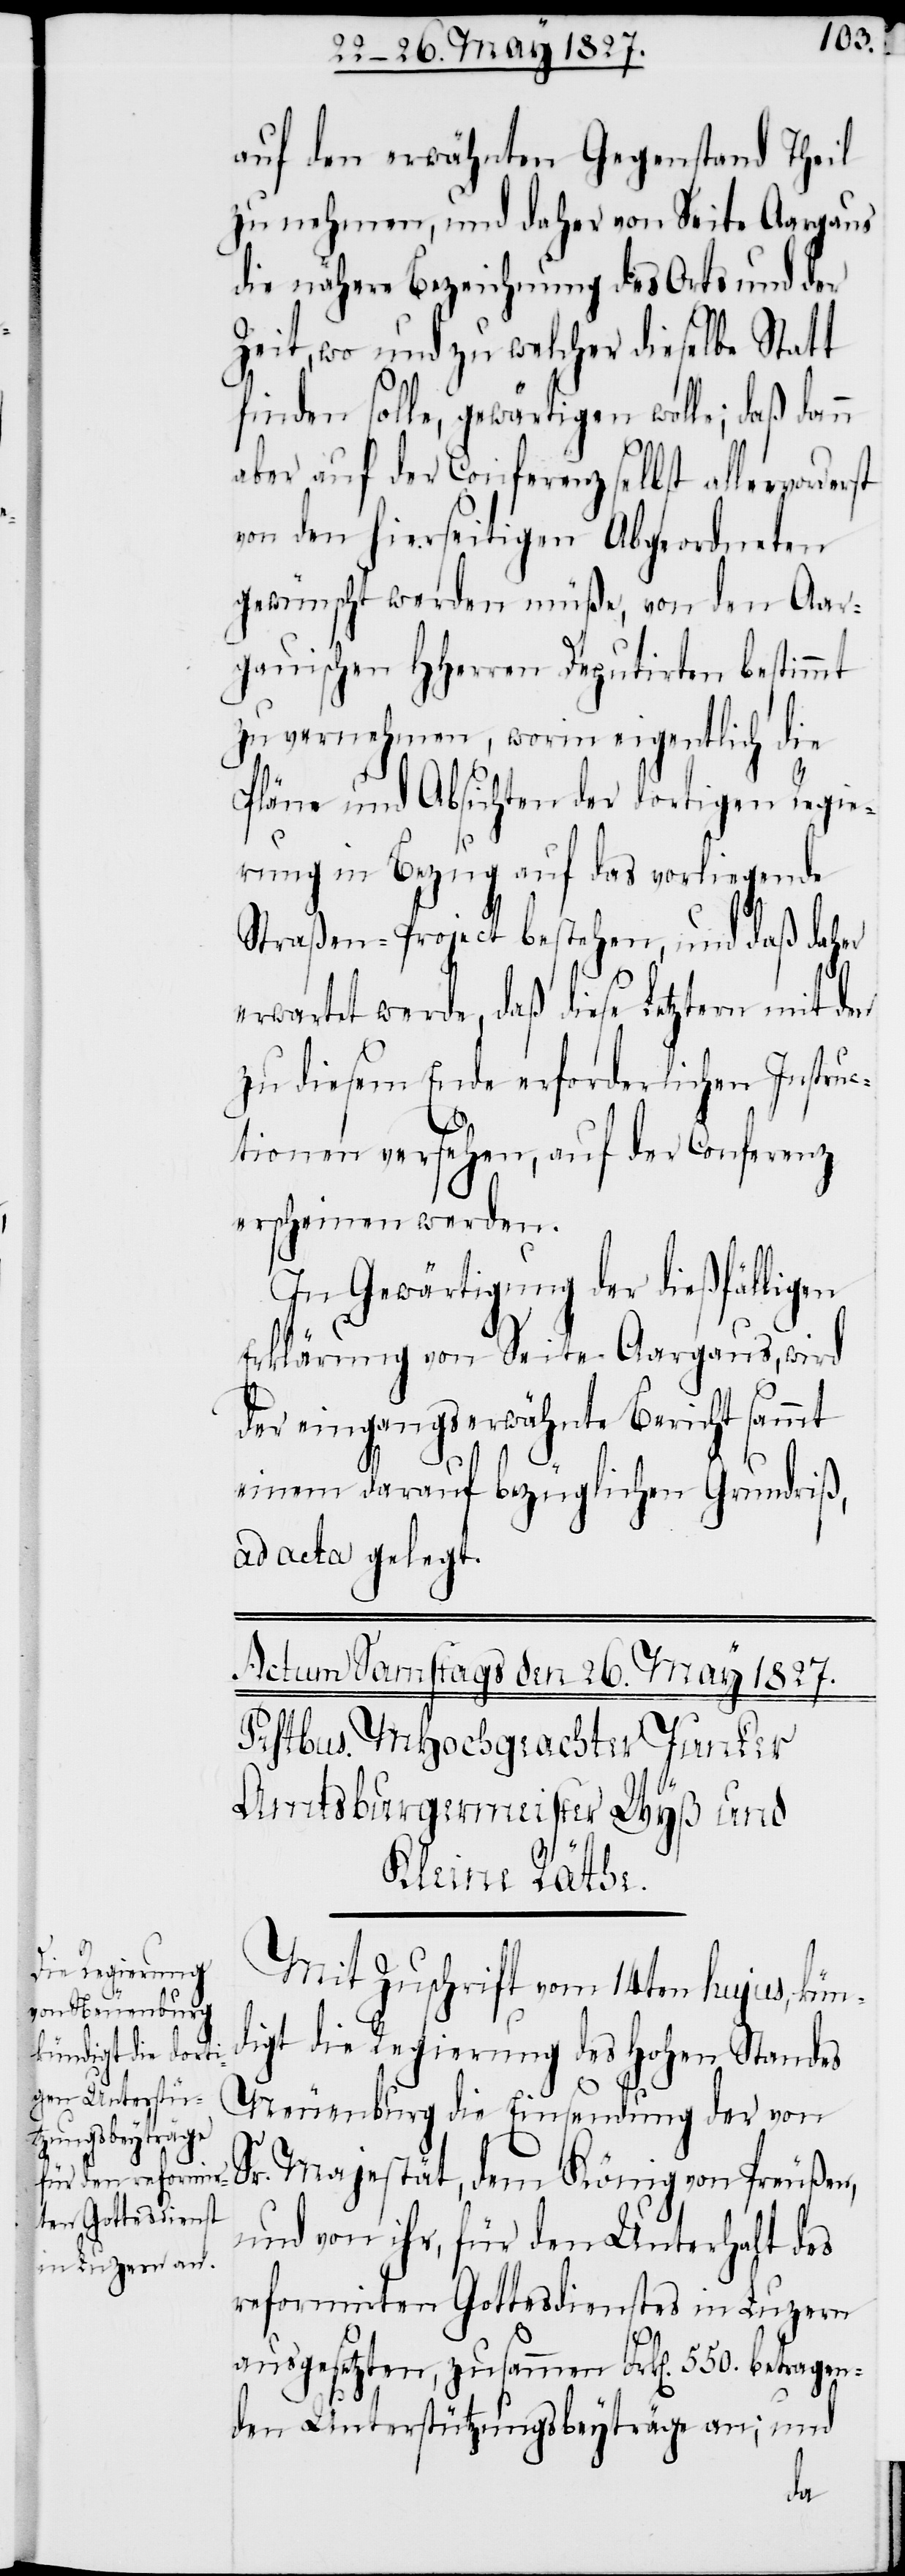
auf den erwähnten Gegenstand Theil
zu nehmen, und daher von Seite Aargaus
die nähere Bezeichnung des Orts und der
Zeit, wo und zu welcher dieselbe Statt
finden solle, gewärtigen wolle, daß dann
aber auf der Conferenz selbst allervorde¬
von den hierseitigen Abgeordneten
gewünscht werden müße, von den Aar¬
gauischen HHerren Deputirten bestimmt
zu vernehmen, worin eigentlich die
Pläne und Absichten der dortigen Regie¬
rung in Bezug auf das vorliegende
Straßen-Project bestehen, und daß daher
erwartet werde, daß diese Letztern mit
zu diesem Ende erforderlichen Instru¬
ctionen versehen, auf der Conferenz
erscheinen werden.
In Gewärtigung der dießfälligen
Erklärung von Seite Aargaus, wird
der eingangserwähnte Bericht sammt
einem darauf bezüglichen Grundriß,
ad acta gelegt.
Mit Zuschrift vom 14ten hujus, kün¬
digt die Regierung des Hohen Standes
Neuenburg die Einsendung der von
und vor ihr, für den Unterhalt des
reformirten Gottesdienstes in Luzern
ausgesetzten, zusammen Frk[en]. 550. betragen¬
den Unterstützungsbeyträge an; und
dem